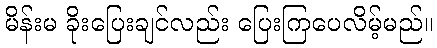
မိန်းမ ခိုးပြေးချင်လည်း ပြေးကြပေလိမ့်မည်။